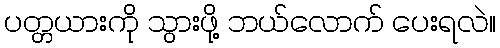
ပတ္တယားကို သွားဖို့ ဘယ်လောက် ပေးရလဲ။